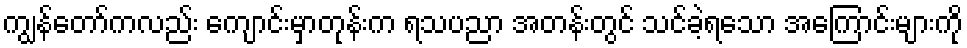
ကျွန်တော်ကလည်း ကျောင်းမှာတုန်းက ရသပညာ အတန်းတွင် သင်ခဲ့ရသော အကြောင်းများကို